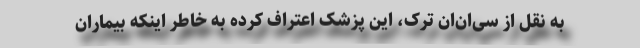
به نقل از سی‌ان‌ان ترک، این پزشک اعتراف کرده به خاطر اینکه بیماران